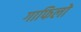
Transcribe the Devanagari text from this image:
गाफिलो